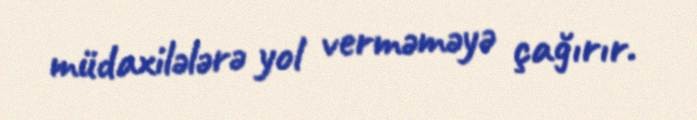
müdaxilələrə yol verməməyə çağırır.